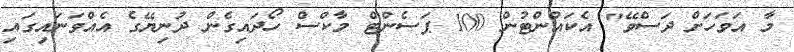
މާ އަވަހަށް ދަސްވޭ" އެކައުންޓުން 100 ޕަސެންޓް މާކްސް ހޯދައިގެން ދުނިޔޭގެ އެއްވަނައިގައި